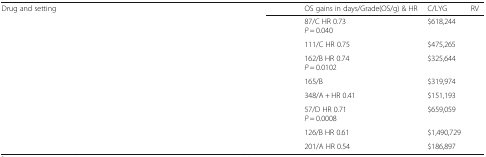
<table><thead><tr><td><b>Drug and setting</b></td><td><b>OS gains in days/Grade(OS/g) &amp; HR</b></td><td><b>C/LYG</b></td><td><b>RV</b></td></tr></thead><tbody><tr><td>[EMPTY_CELL]</td><td>87/C HR 0.73<i>P</i> = 0.040</td><td>$618,244</td><td>[EMPTY_CELL]</td></tr><tr><td>[EMPTY_CELL]</td><td>111/C HR 0.75</td><td>$475,265</td><td>[EMPTY_CELL]</td></tr><tr><td>[EMPTY_CELL]</td><td>162/B HR 0.74<i>P</i> = 0.0102</td><td>$325,644</td><td>[EMPTY_CELL]</td></tr><tr><td>[EMPTY_CELL]</td><td>165/B</td><td>$319,974</td><td>[EMPTY_CELL]</td></tr><tr><td>[EMPTY_CELL]</td><td>348/A + HR 0.41</td><td>$151,193</td><td>[EMPTY_CELL]</td></tr><tr><td>[EMPTY_CELL]</td><td>57/D HR 0.71<i>P</i> = 0.0008</td><td>$659,059</td><td>[EMPTY_CELL]</td></tr><tr><td>[EMPTY_CELL]</td><td>126/B HR 0.61</td><td>$1,490,729</td><td>[EMPTY_CELL]</td></tr><tr><td>[EMPTY_CELL]</td><td>201/A HR 0.54</td><td>$186,897</td><td>[EMPTY_CELL]</td></tr></tbody></table>